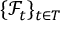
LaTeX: \{ { \mathcal { F } } _ { t } \} _ { t \in T }